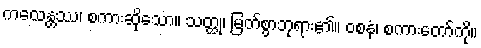
ကထေန္တဿ၊ စကားဆိုသော။ သတ္ထု၊ မြတ်စွာဘုရား၏။ ဝစနံ၊ စကားတော်ကို။